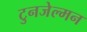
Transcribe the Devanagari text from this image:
टुनजेल्मन